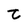
Character: t